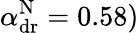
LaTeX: \alpha_{\mathrm{dr}}^{\mathrm{N}}=0.58)